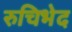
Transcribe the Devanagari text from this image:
रुचिभेद